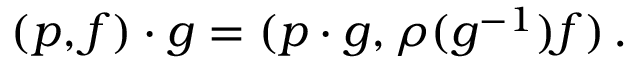
( p , f ) \cdot g = ( p \cdot g , \rho ( g ^ { - 1 } ) f ) \, .